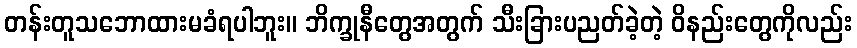
တန်းတူသဘောထားမခံရပါဘူး။ ဘိက္ခုနီတွေအတွက် သီးခြားပညတ်ခဲ့တဲ့ ဝိနည်းတွေကိုလည်း